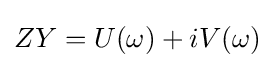
ZY=U(\omega )+iV(\omega )